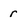
Character: r